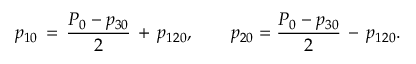
p _ { 1 0 } \, = \, { \frac { P _ { 0 } - p _ { 3 0 } } { 2 } } \, + \, p _ { 1 2 0 } , \qquad p _ { 2 0 } = { \frac { P _ { 0 } - p _ { 3 0 } } { 2 } } \, - \, p _ { 1 2 0 } .